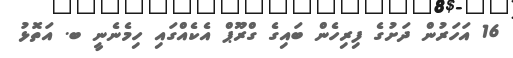
16 އަހަރުން ދަށުގެ ފިރިހެން ބައިގެ ގްރޫޕް އެކެއްގައި ހިމެނެނީ ބ. އަތޮޅު